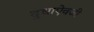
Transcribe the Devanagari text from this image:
दुधाऐवजी